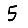
Digit: 5